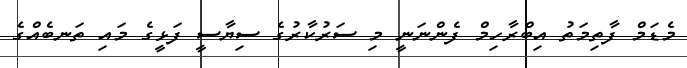
މެޑަމް ފާތިމަތު އިބްރާހިމް ފެންނަނީ މި ސަރުކާރުގެ ސިޔާސީ ފަޅީގެ މައި ތަނބެއްގެ